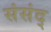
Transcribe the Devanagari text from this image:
संसंद्